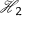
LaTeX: { \mathcal { H } } _ { 2 }